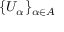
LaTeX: \{ U _ { \alpha } \} _ { \alpha \in A }